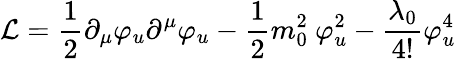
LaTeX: {\cal L}=\frac{1}{2}\partial_{\mu}\varphi_{u}\partial^{\mu}\varphi_{u}-\frac{1}{2}m_{0}^{2}~\varphi_{u}^{2}-\frac{\lambda_{0}}{4!}\varphi_{u}^{4}\,